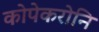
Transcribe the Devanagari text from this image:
कोपेकरोनि